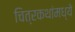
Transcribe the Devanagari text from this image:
चित्रकथांमध्ये